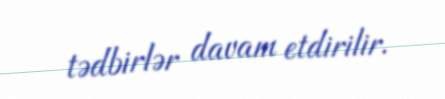
tədbirlər davam etdirilir.